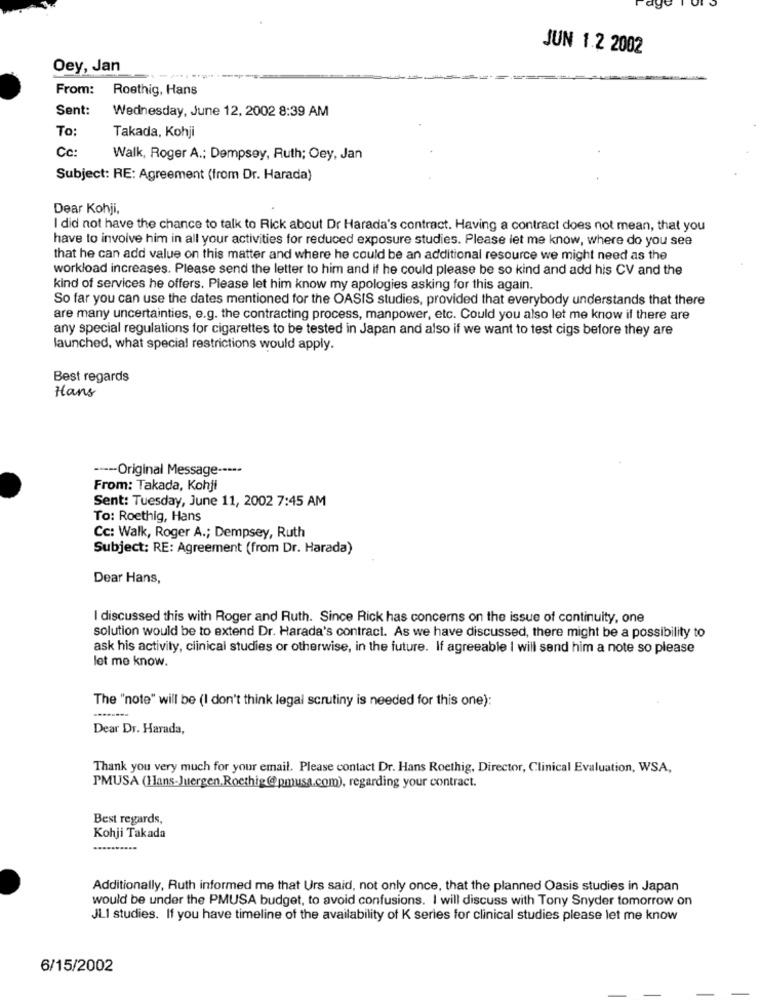
JUN 1.2 2002
Oey, Jan
From:
Roethig, Hans
Sent:
Wednesday, June 12, 2002 8:39 AM
To:
Takada, Kohji
Cc:
Walk, Roger A .; Dempsey, Ruth; Oey, Jan
Subject: RE: Agreement (from Dr. Harada)
Dear Kohji,
I did not have the chance to talk to Rick about Dr Harada's contract. Having a contract does not mean, that you
have to involve him in all your activities for reduced exposure studies. Please let me know, where do you see
that he can add value on this matter and where he could be an additional resource we might need as the
workload increases. Please send the letter to him and if he could please be so kind and add his CV and the
kind of services he offers. Please let him know my apologies asking for this again.
So far you can use the dates mentioned for the OASIS studies, provided that everybody understands that there
are many uncertainties, e.g. the contracting process, manpower, etc. Could you also let me know if there are
any special regulations for cigarettes to be tested in Japan and also if we want to test cigs before they are
launched, what special restrictions would apply.
Best regards
Hans
---- Original Message ---**
From: Takada, Kohji
Sent: Tuesday, June 11, 2002 7:45 AM
To: Roethig, Hans
Cc: Walk, Roger A .; Dempsey, Ruth
Subject: RE: Agreement (from Dr. Harada)
Dear Hans,
I discussed this with Roger and Ruth. Since Rick has concerns on the issue of continuity, one
solution would be to extend Dr. Harada's contract. As we have discussed, there might be a possibility to
ask his activity, clinical studies or otherwise, in the future. If agreeable I will send him a note so please
let me know.
The "note" will be (I don't think legal scrutiny is needed for this one):
Dear Dr. Harada,
Thank you very much for your email. Please contact Dr. Hans Roethig, Director, Clinical Evaluation, WSA,
PMUSA (Hans-Juergen,Roethig@pmusa.com), regarding your contract.
Best regards,
Kohji Takada
Additionally, Ruth informed me that Urs said, not only once, that the planned Oasis studies in Japan
would be under the PMUSA budget, to avoid confusions. I will discuss with Tony Snyder tomorrow on
JLI studies. If you have timeline of the availability of K series for clinical studies please let me know
6/15/2002